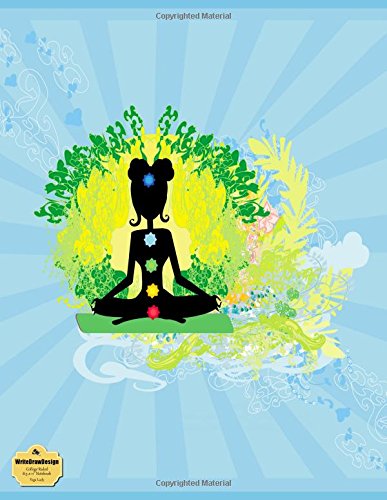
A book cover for WriteDrawDesign College Ruled 8.5 x 11" Notebook, Yoga Lady (She Collection); WriteDrawDesign; Business & Money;